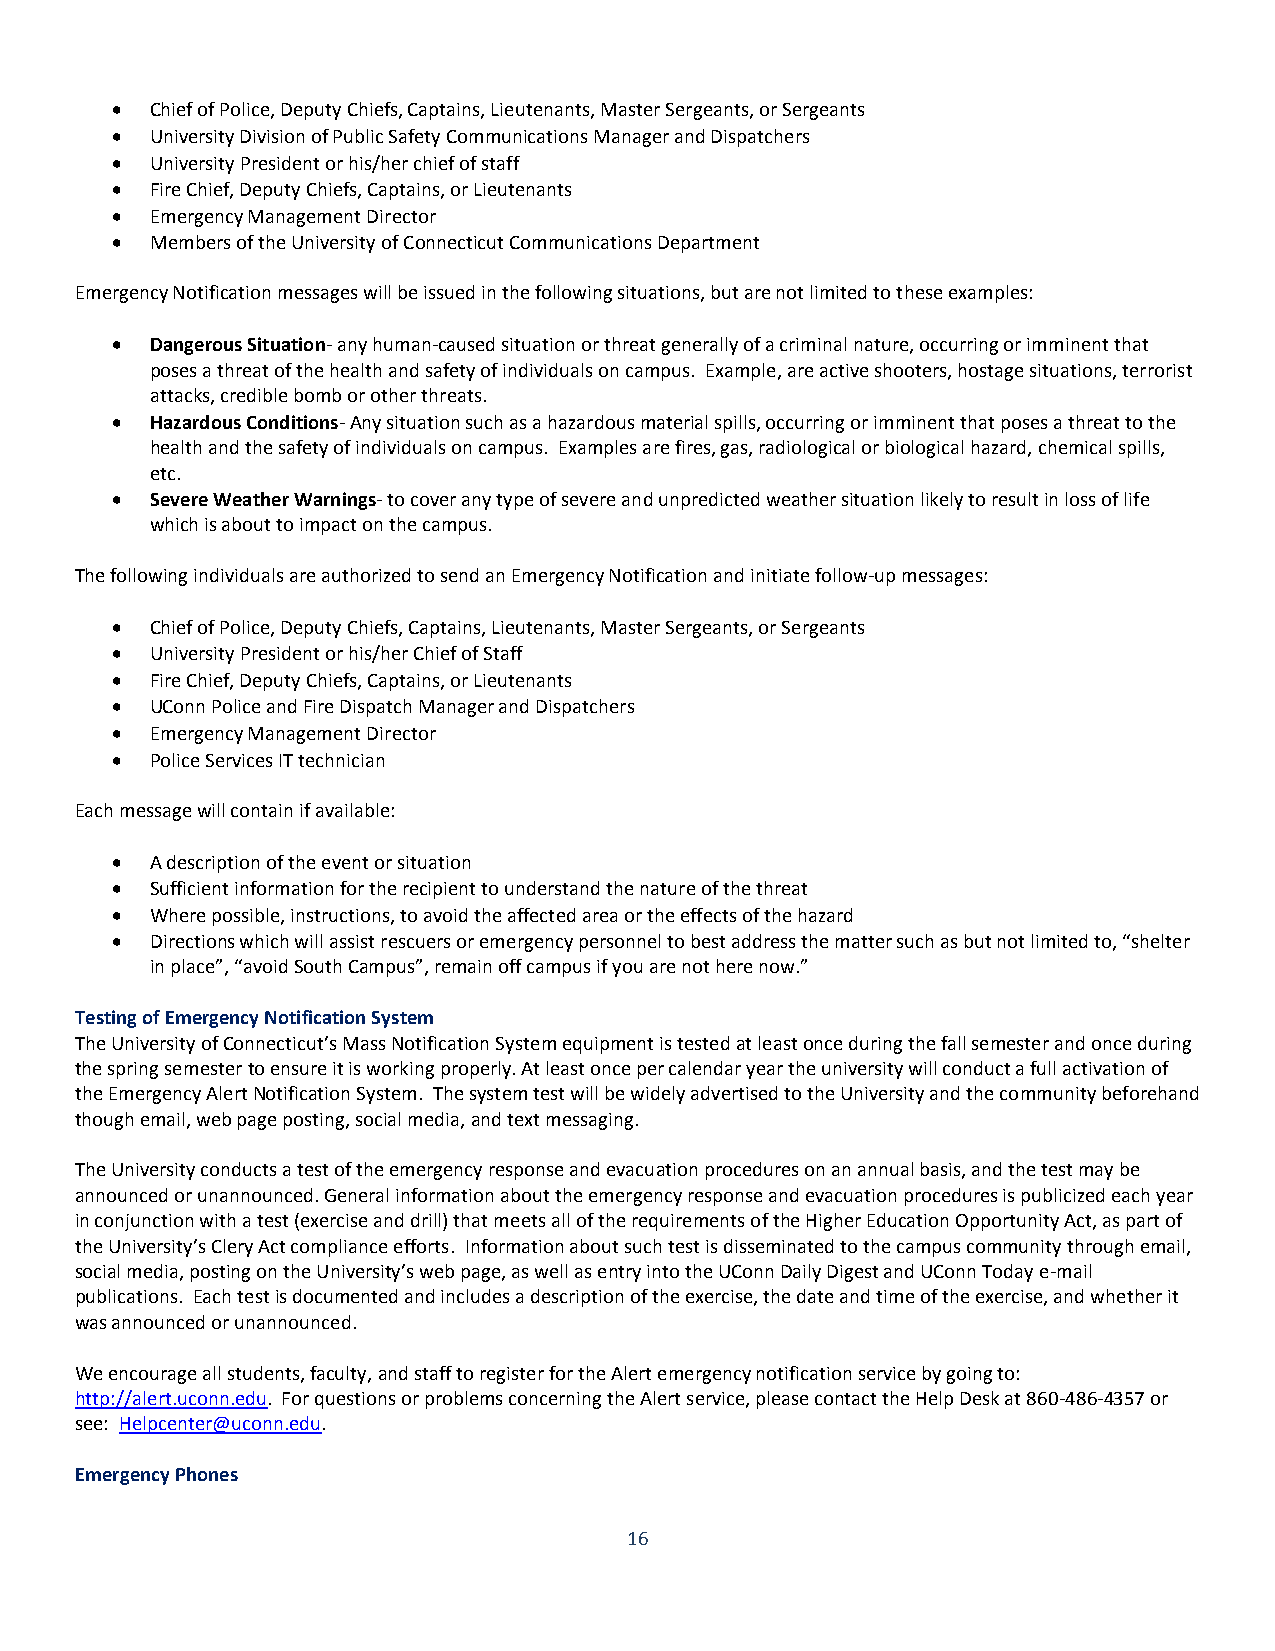
  Chief of Police, Deputy Chiefs, Captains, Lieutenants, Master Sergeants, or Sergeants
   University Division of Public Safety Communications Manager and Dispatchers
   University President or his/her chief of staff
   Fire Chief, Deputy Chiefs, Captains, or Lieutenants
   Emergency Management Director
   Members of the University of Connecticut Communications Department
 Emergency Notification messages will be issued in the following situations, but are not limited to these examples:
   Dangerous Situation- any human-caused situation or threat generally of a criminal nature, occurring or imminent that
 poses a threat of the health and safety of individuals on campus. Example, are active shooters, hostage situations, terrorist
 attacks, credible bomb or other threats.
   Hazardous Conditions- Any situation such as a hazardous material spills, occurring or imminent that poses a threat to the
 health and the safety of individuals on campus. Examples are fires, gas, radiological or biological hazard, chemical spills,
 etc.
   Severe Weather Warnings- to cover any type of severe and unpredicted weather situation likely to result in loss of life
 which is about to impact on the campus.
 The following individuals are authorized to send an Emergency Notification and initiate follow-up messages:
   Chief of Police, Deputy Chiefs, Captains, Lieutenants, Master Sergeants, or Sergeants
   University President or his/her Chief of Staff
   Fire Chief, Deputy Chiefs, Captains, or Lieutenants
   UConn Police and Fire Dispatch Manager and Dispatchers
   Emergency Management Director
   Police Services IT technician
 Each message will contain if available:
   A description of the event or situation
   Sufficient information for the recipient to understand the nature of the threat
   Where possible, instructions, to avoid the affected area or the effects of the hazard
   Directions which will assist rescuers or emergency personnel to best address the matter such as but not limited to, “shelter
 in place”, “avoid South Campus”, remain off campus if you are not here now.”
 Testing of Emergency Notification System
 The University of Connecticut’s Mass Notification System equipment is tested at least once during the fall semester and once during
 the spring semester to ensure it is working properly. At least once per calendar year the university will conduct a full activation of
 the Emergency Alert Notification System. The system test will be widely advertised to the University and the community beforehand
 though email, web page posting, social media, and text messaging.
 The University conducts a test of the emergency response and evacuation procedures on an annual basis, and the test may be
 announced or unannounced. General information about the emergency response and evacuation procedures is publicized each year
 in conjunction with a test (exercise and drill) that meets all of the requirements of the Higher Education Opportunity Act, as part of
 the University’s Clery Act compliance efforts. Information about such test is disseminated to the campus community through email,
 social media, posting on the University’s web page, as well as entry into the UConn Daily Digest and UConn Today e-mail
 publications. Each test is documented and includes a description of the exercise, the date and time of the exercise, and whether it
 was announced or unannounced.
 We encourage all students, faculty, and staff to register for the Alert emergency notification service by going to:
 http://alert.uconn.edu. For questions or problems concerning the Alert service, please contact the Help Desk at 860-486-4357 or
 see: Helpcenter@uconn.edu.
 Emergency Phones
 16